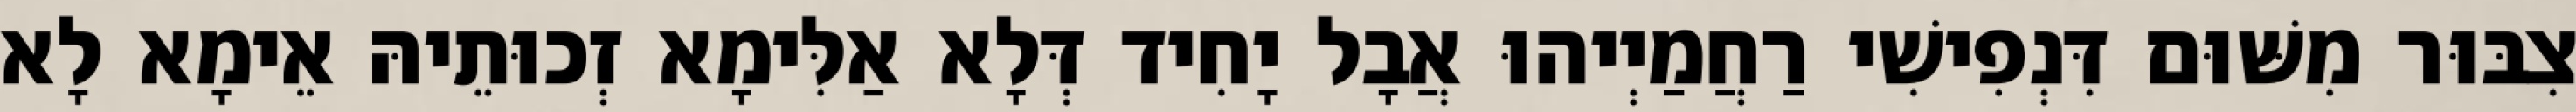
צִבּוּר מִשּׁוּם דִּנְפִישִׁי רַחֲמַיְיהוּ אֲבָל יָחִיד דְּלָא אַלִּימָא זְכוּתֵיהּ אֵימָא לָא